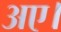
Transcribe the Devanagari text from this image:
अए।